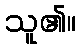
သူ၏။